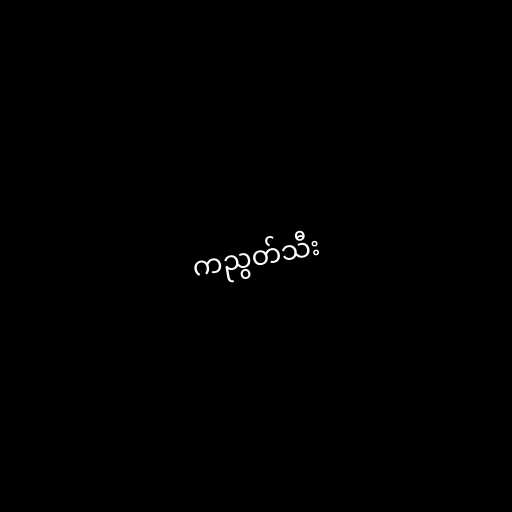
ကညွတ်သီး